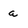
Character: a